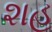
શહ